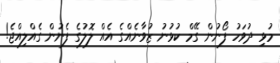
މުޅި ދުވަހު ފޯނުން ގޭމް ކުޅުނު ޒުވާނެއްގެ އެއް ލޮލުގެ ފެނުން ގެއްލިއްޖެ!